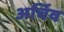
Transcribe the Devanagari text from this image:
अर्चिव